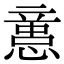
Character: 𢡃